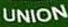
UNION